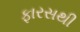
ફારસથી